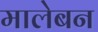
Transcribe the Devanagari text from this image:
मालेबन